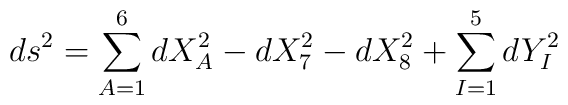
ds^2=\sum\limits_{A=1}^6 dX_A^2-dX_7^2-dX_8^2+     \sum\limits_{I=1}^5 dY_I^2